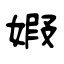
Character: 婽